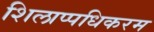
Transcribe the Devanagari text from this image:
शिलाप्पधिकरम